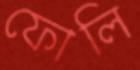
ফোলি